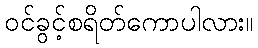
ဝင်ခွင့်စရိတ်ကောပါလား။